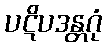
ပဋိပဒန္တဂုံ